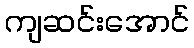
ကျဆင်းအောင်